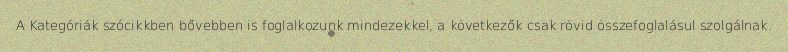
A Kategóriák szócikkben bővebben is foglalkozunk mindezekkel, a következők csak rövid összefoglalásul szolgálnak.